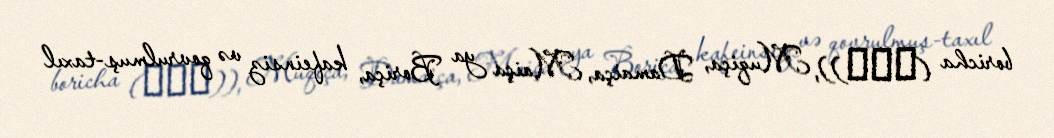
boricha (보리차)), Muqiça, Damaiça, Maiça ya Boriça, kafeinsiz və qovrulmuş-taxıl